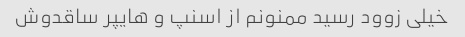
خیلی زوود رسید ممنونم از اسنپ و هایپر ساقدوش